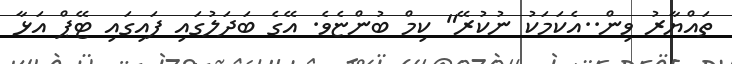
ތައްޔާރު ވިން..އެކަމަކު ނުކުރޭ" ކިމް ބުންޏެވެ. އޭގެ ބަދަލުގައި ފައިގަައި ޓޭޕް އަޅާ